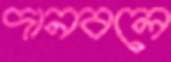
দানবলে